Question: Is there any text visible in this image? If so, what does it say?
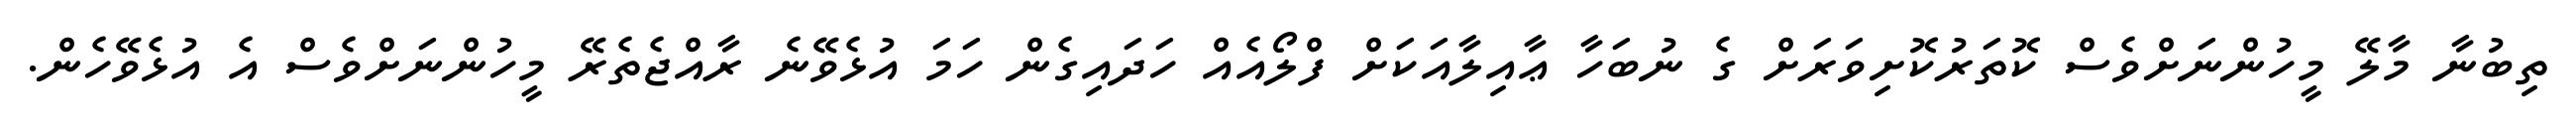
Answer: ތިބުނާ މާލޭ މީހުންނަށްވެސް ކޮތަރުކޮށިވަރަށް ގެ ނުބަހާ ޢާއިލާއަކަށް ފްލޯއެއް ހަދައިގެން ހަމަ އުޅެވޭނެ ރާއްޖެތެރޭ މީހުންނަށްވެސް އެ އުޅެވޭހެން.